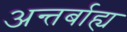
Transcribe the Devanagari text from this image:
अन्तर्बाह्य